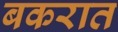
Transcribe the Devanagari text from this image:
बकरात